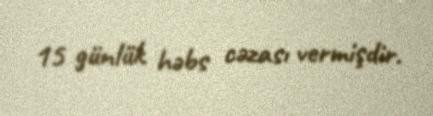
15 günlük həbs cəzası vermişdir.